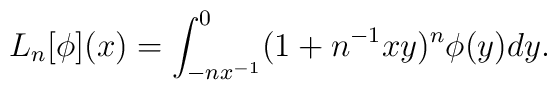
L_{n}[\phi ](x) = \int_{- nx^{-1}}^{0} (1 + n^{-1}xy)^{n}\phi (y) dy .